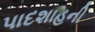
પાદશાહની